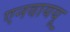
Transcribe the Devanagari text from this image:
एनवाययू